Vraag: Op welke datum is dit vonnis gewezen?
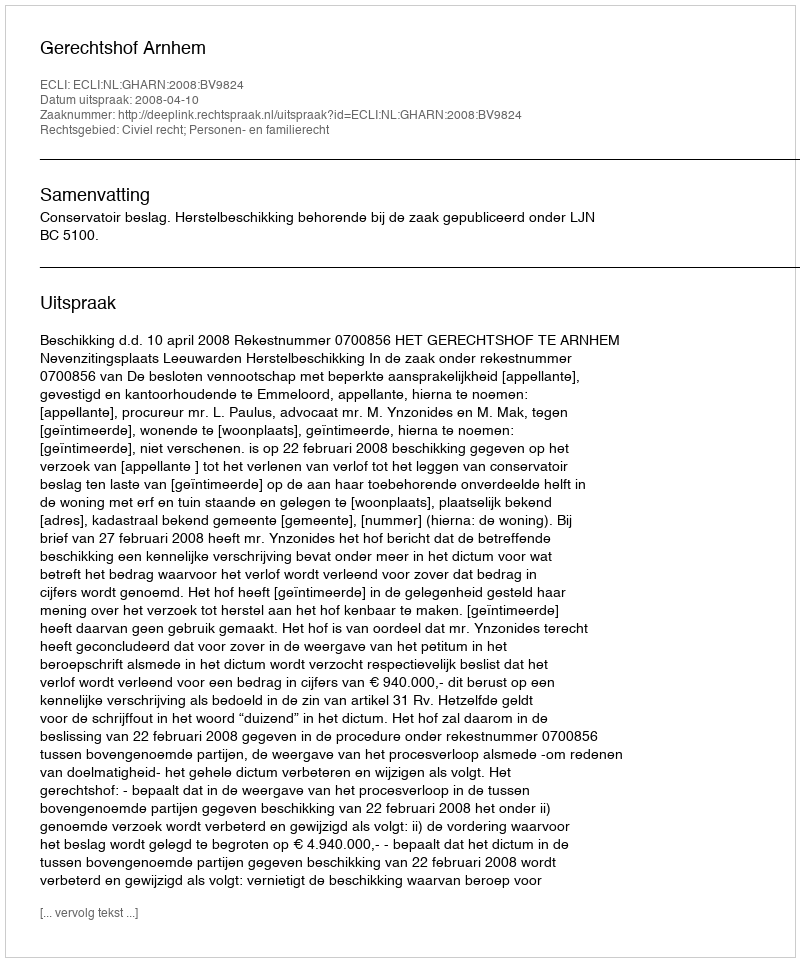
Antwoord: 2008-04-10